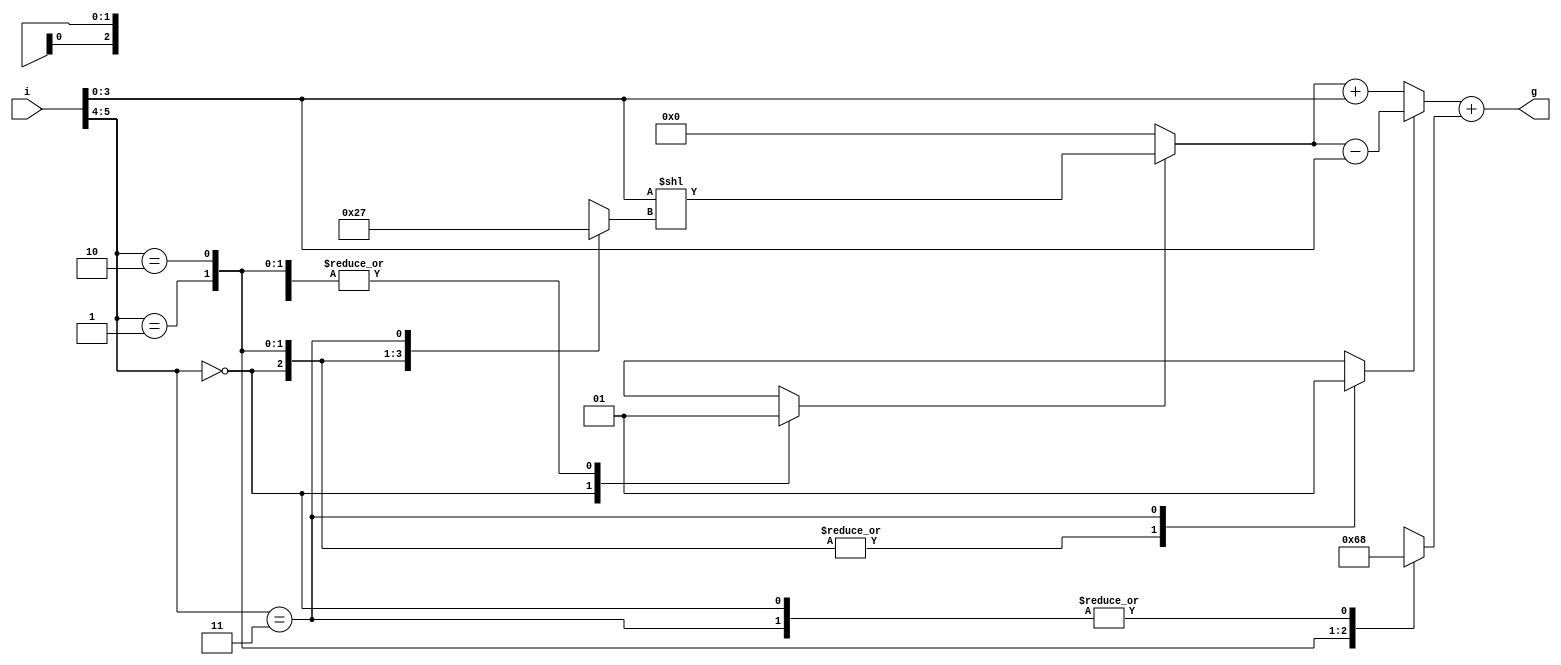
module gcalc (
    input  [5:0] i,
    output [3:0] g
);

reg doshift;
reg sub;
reg  [1:0] shiftby;
reg  [2:0] addon;

wire [3:0] shift_res = (doshift) ? i[3:0] << shiftby : 4'b0;
wire [3:0] mult_res = (sub) ? shift_res - i[3:0] : shift_res + i[3:0];
assign g = mult_res + addon;

always @(*) begin
    case (i[5:4])
        // 0 <= i <= 15
        2'b00: begin
            // g = i
            doshift <= 1'b0;
            sub <= 1'b0;
            shiftby <= 2'b0;
            addon <= 3'd0;
        end
        // 16 <= i <= 31
        2'b01: begin
            // g = 5 * i + 1
            doshift <= 1'b1;
            sub <= 1'b0;
            shiftby <= 2'b10;
            addon <= 3'd1;
        end
        // 32 <= i <= 47
        2'b10: begin
            // g = 3 * i + 5
            doshift <= 1'b1;
            sub <= 1'b0;
            shiftby <= 2'b01;
            addon <= 3'd5;
        end
        // 48 <= i <= 63
        2'b11: begin
            // g = 7 * i
            doshift <= 1'b1;
            sub <= 1'b1;
            shiftby <= 2'b11;
            addon <= 3'd0;
        end
    endcase
end

endmodule